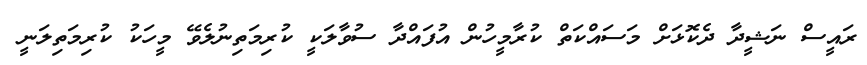
ރައީސް ނަޝީދާ ދެކޮޅަށް މަސައްކަތް ކުރާމީހުން އުފައްދާ ސުވާލަކީ ކުރިމަތިނުލެވޭ މީހަކު ކުރިމަތިލަނީ